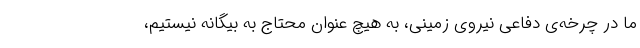
ما در چرخه‌ی دفاعی نیروی زمینی، به هیچ عنوان محتاج به بیگانه نیستیم،